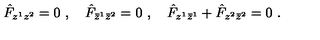
\hat { { F } } _ { z ^ { 1 } z ^ { 2 } } = 0 \ , \quad \hat { { F } } _ { \bar { z } ^ { 1 } \bar { z } ^ { 2 } } = 0 \ , \quad \hat { { F } } _ { z ^ { 1 } \bar { z } ^ { 1 } } + \hat { { F } } _ { z ^ { 2 } \bar { z } ^ { 2 } } = 0 \ .